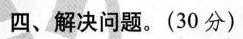
四、解决问题。(30分)